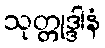
သုတ္တုဒ္ဒါနံ